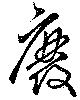
廃